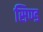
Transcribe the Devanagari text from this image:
सिण्ड